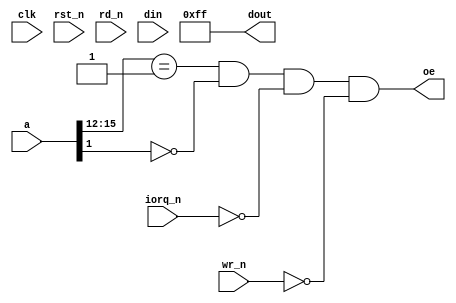
`timescale 1ns / 1ps
`default_nettype none

//    This file is part of the ZXUNO Spectrum core. 
//    Creation date is 16:16:56 2018-01-26 by Miguel Angel Rodriguez Jodar
//    (c)2014-2020 ZXUNO association.
//    ZXUNO official repository: http://svn.zxuno.com/svn/zxuno
//    Username: guest   Password: zxuno
//    Github repository for this core: https://github.com/mcleod-ideafix/zxuno_spectrum_core
//
//    ZXUNO Spectrum core is free software: you can redistribute it and/or modify
//    it under the terms of the GNU General Public License as published by
//    the Free Software Foundation, either version 3 of the License, or
//    (at your option) any later version.
//
//    ZXUNO Spectrum core is distributed in the hope that it will be useful,
//    but WITHOUT ANY WARRANTY; without even the implied warranty of
//    MERCHANTABILITY or FITNESS FOR A PARTICULAR PURPOSE.  See the
//    GNU General Public License for more details.
//
//    You should have received a copy of the GNU General Public License
//    along with the ZXUNO Spectrum core.  If not, see <https://www.gnu.org/licenses/>.
//
//    Any distributed copy of this file must keep this notice intact.

// de momento, es solo un modulo "dummy" para retornar FF si se selecciona la unidad de disco
module disk_drive (
  input wire clk,
  input wire rst_n,
  input wire [15:0] a,
  input wire iorq_n,
  input wire rd_n,
  input wire wr_n,
  input wire [7:0] din,
  output wire [7:0] dout,
  output wire oe
  );
  
  assign dout = 8'hFF;
  assign oe = (a[15:12] == 3'b001 && a[1] == 1'b0 && iorq_n == 1'b0 && wr_n == 1'b0);
endmodule